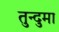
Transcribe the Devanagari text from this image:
तुन्दुमा